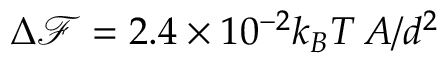
\Delta \mathcal { F } = 2 . 4 \times 1 0 ^ { - 2 } k _ { B } T \, A / d ^ { 2 }